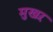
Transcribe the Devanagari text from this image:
मुखऱ